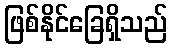
ဖြစ်နိုင်ခြေရှိသည်